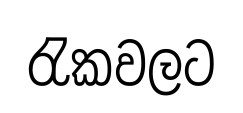
රැකවලට